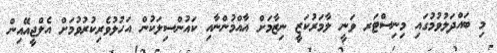
މި ބައްދަލުވުމުގައި މިނިސްޓަރ ވަނީ ލާމަރުކަޒީ ނިޒާމަށް އާއްމުންނާއި ކައުންސިލަކުން އަހުލުވެރިކުރުވުމަށް އެލްޖީއޭއިން